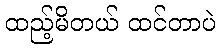
ထည့်မိတယ် ထင်တာပဲ